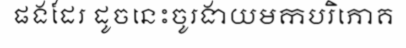
ផងដែរ ដូចនេះចូរងាយមកបរិភោគ